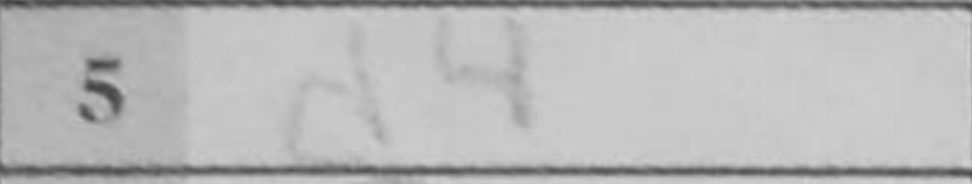
Transcription: d4